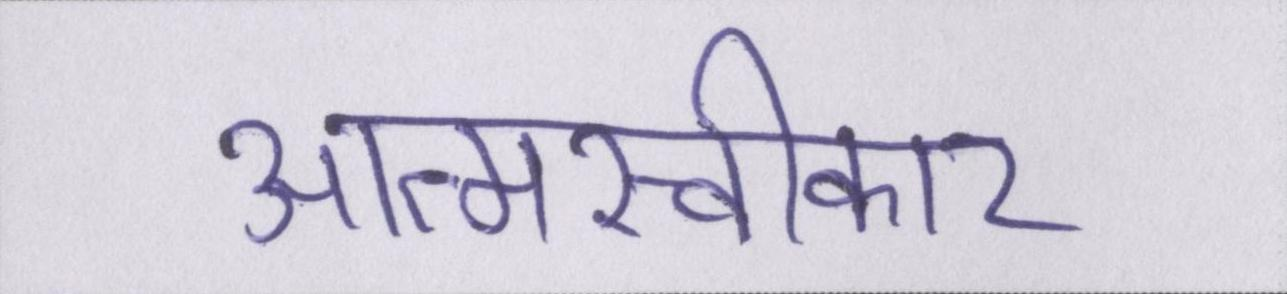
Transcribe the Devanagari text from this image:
आत्मस्वीकार